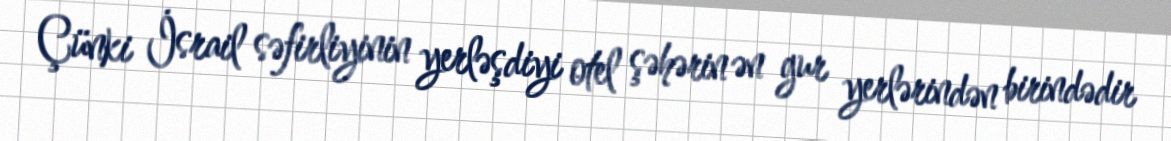
Çünki İsrail səfirliyinin yerləşdiyi otel şəhərin ən gur yerlərindən birindədir